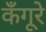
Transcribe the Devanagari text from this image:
कँगूरे